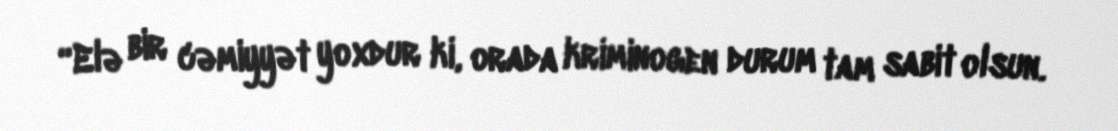
“Elə bir cəmiyyət yoxdur ki, orada kriminogen durum tam sabit olsun.